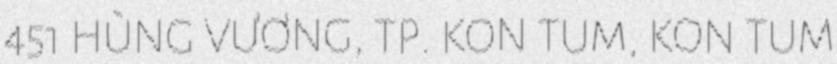
451 HÙNG VƯƠNG, TP. KON TUM, KON TUM